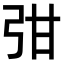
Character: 𭚩